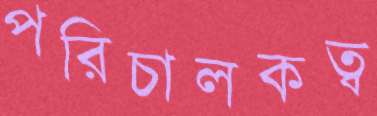
পরিচালকত্ব